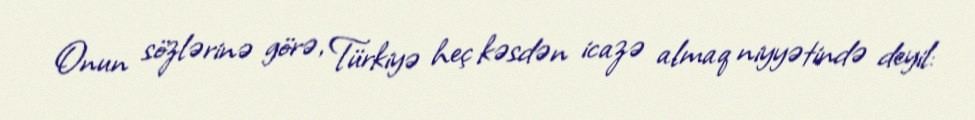
Onun sözlərinə görə, Türkiyə heç kəsdən icazə almaq niyyətində deyil: